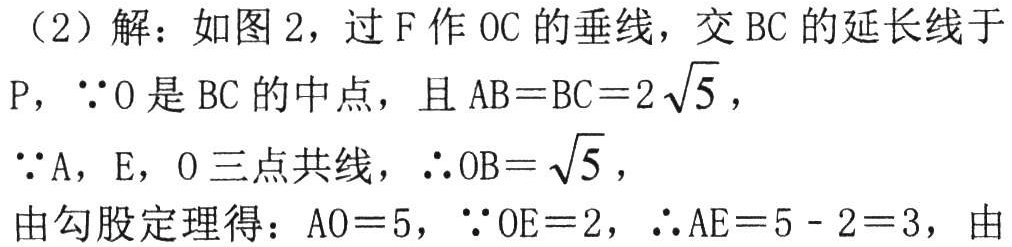
(2)解：如图2，过\(F\)作\(OC\)的垂线，交\(BC\)的延长线于
\(P\)，\(\because O\)是\(BC\)的中点，且\(AB = BC = 2\sqrt{5}\)，
\(\because A\)，\(E\)，\(O\)三点共线，\(\therefore OB=\sqrt{5}\)，
由勾股定理得：\(AO = 5\)，\(\because OE = 2\)，\(\therefore AE=5 - 2 = 3\)，由